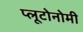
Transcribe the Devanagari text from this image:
प्लूटोनोमी